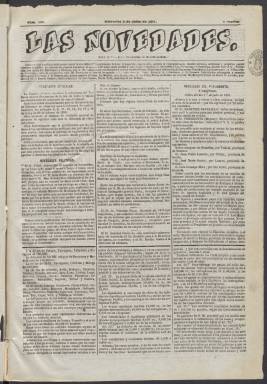
Título: Las Novedades (Madrid)
Colección: Periódicos
Ámbito geográfico: Madrid
Lugar de publicación: Madrid
Fechas: 01/07/1851-04/07/1872